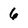
Character: 6